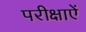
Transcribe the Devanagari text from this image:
परीक्षाऐं